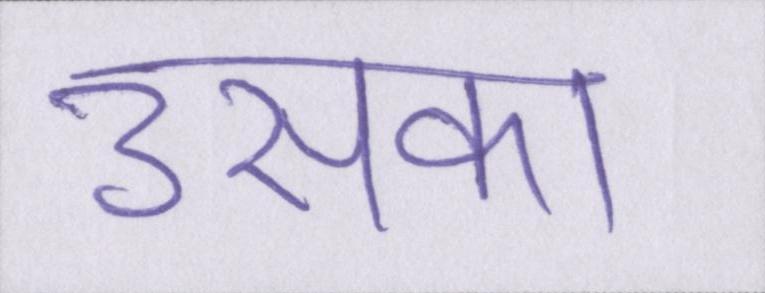
उसका